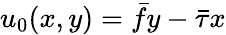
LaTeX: u_{0}(x,y)=\bar{f}y-\bar{\tau}x